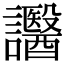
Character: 𧮒